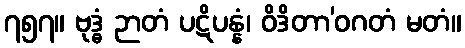
၇၅၇။ ဗုဒ္ဓံ ဉာတံ ပဋိပန္နံ၊ ဝိဒိတာ’ဝဂတံ မတံ။